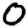
Digit: 0